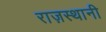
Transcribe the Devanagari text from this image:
राज़स्थानी